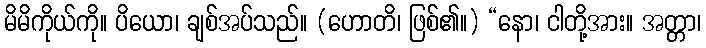
မိမိကိုယ်ကို။ ပိယော၊ ချစ်အပ်သည်။ (ဟောတိ၊ ဖြစ်၏။) “နော၊ ငါတို့အား။ အတ္တာ၊